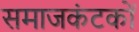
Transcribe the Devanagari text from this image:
समाजकंटकों